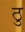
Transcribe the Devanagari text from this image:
ठु